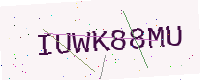
Text: IUWK88MU